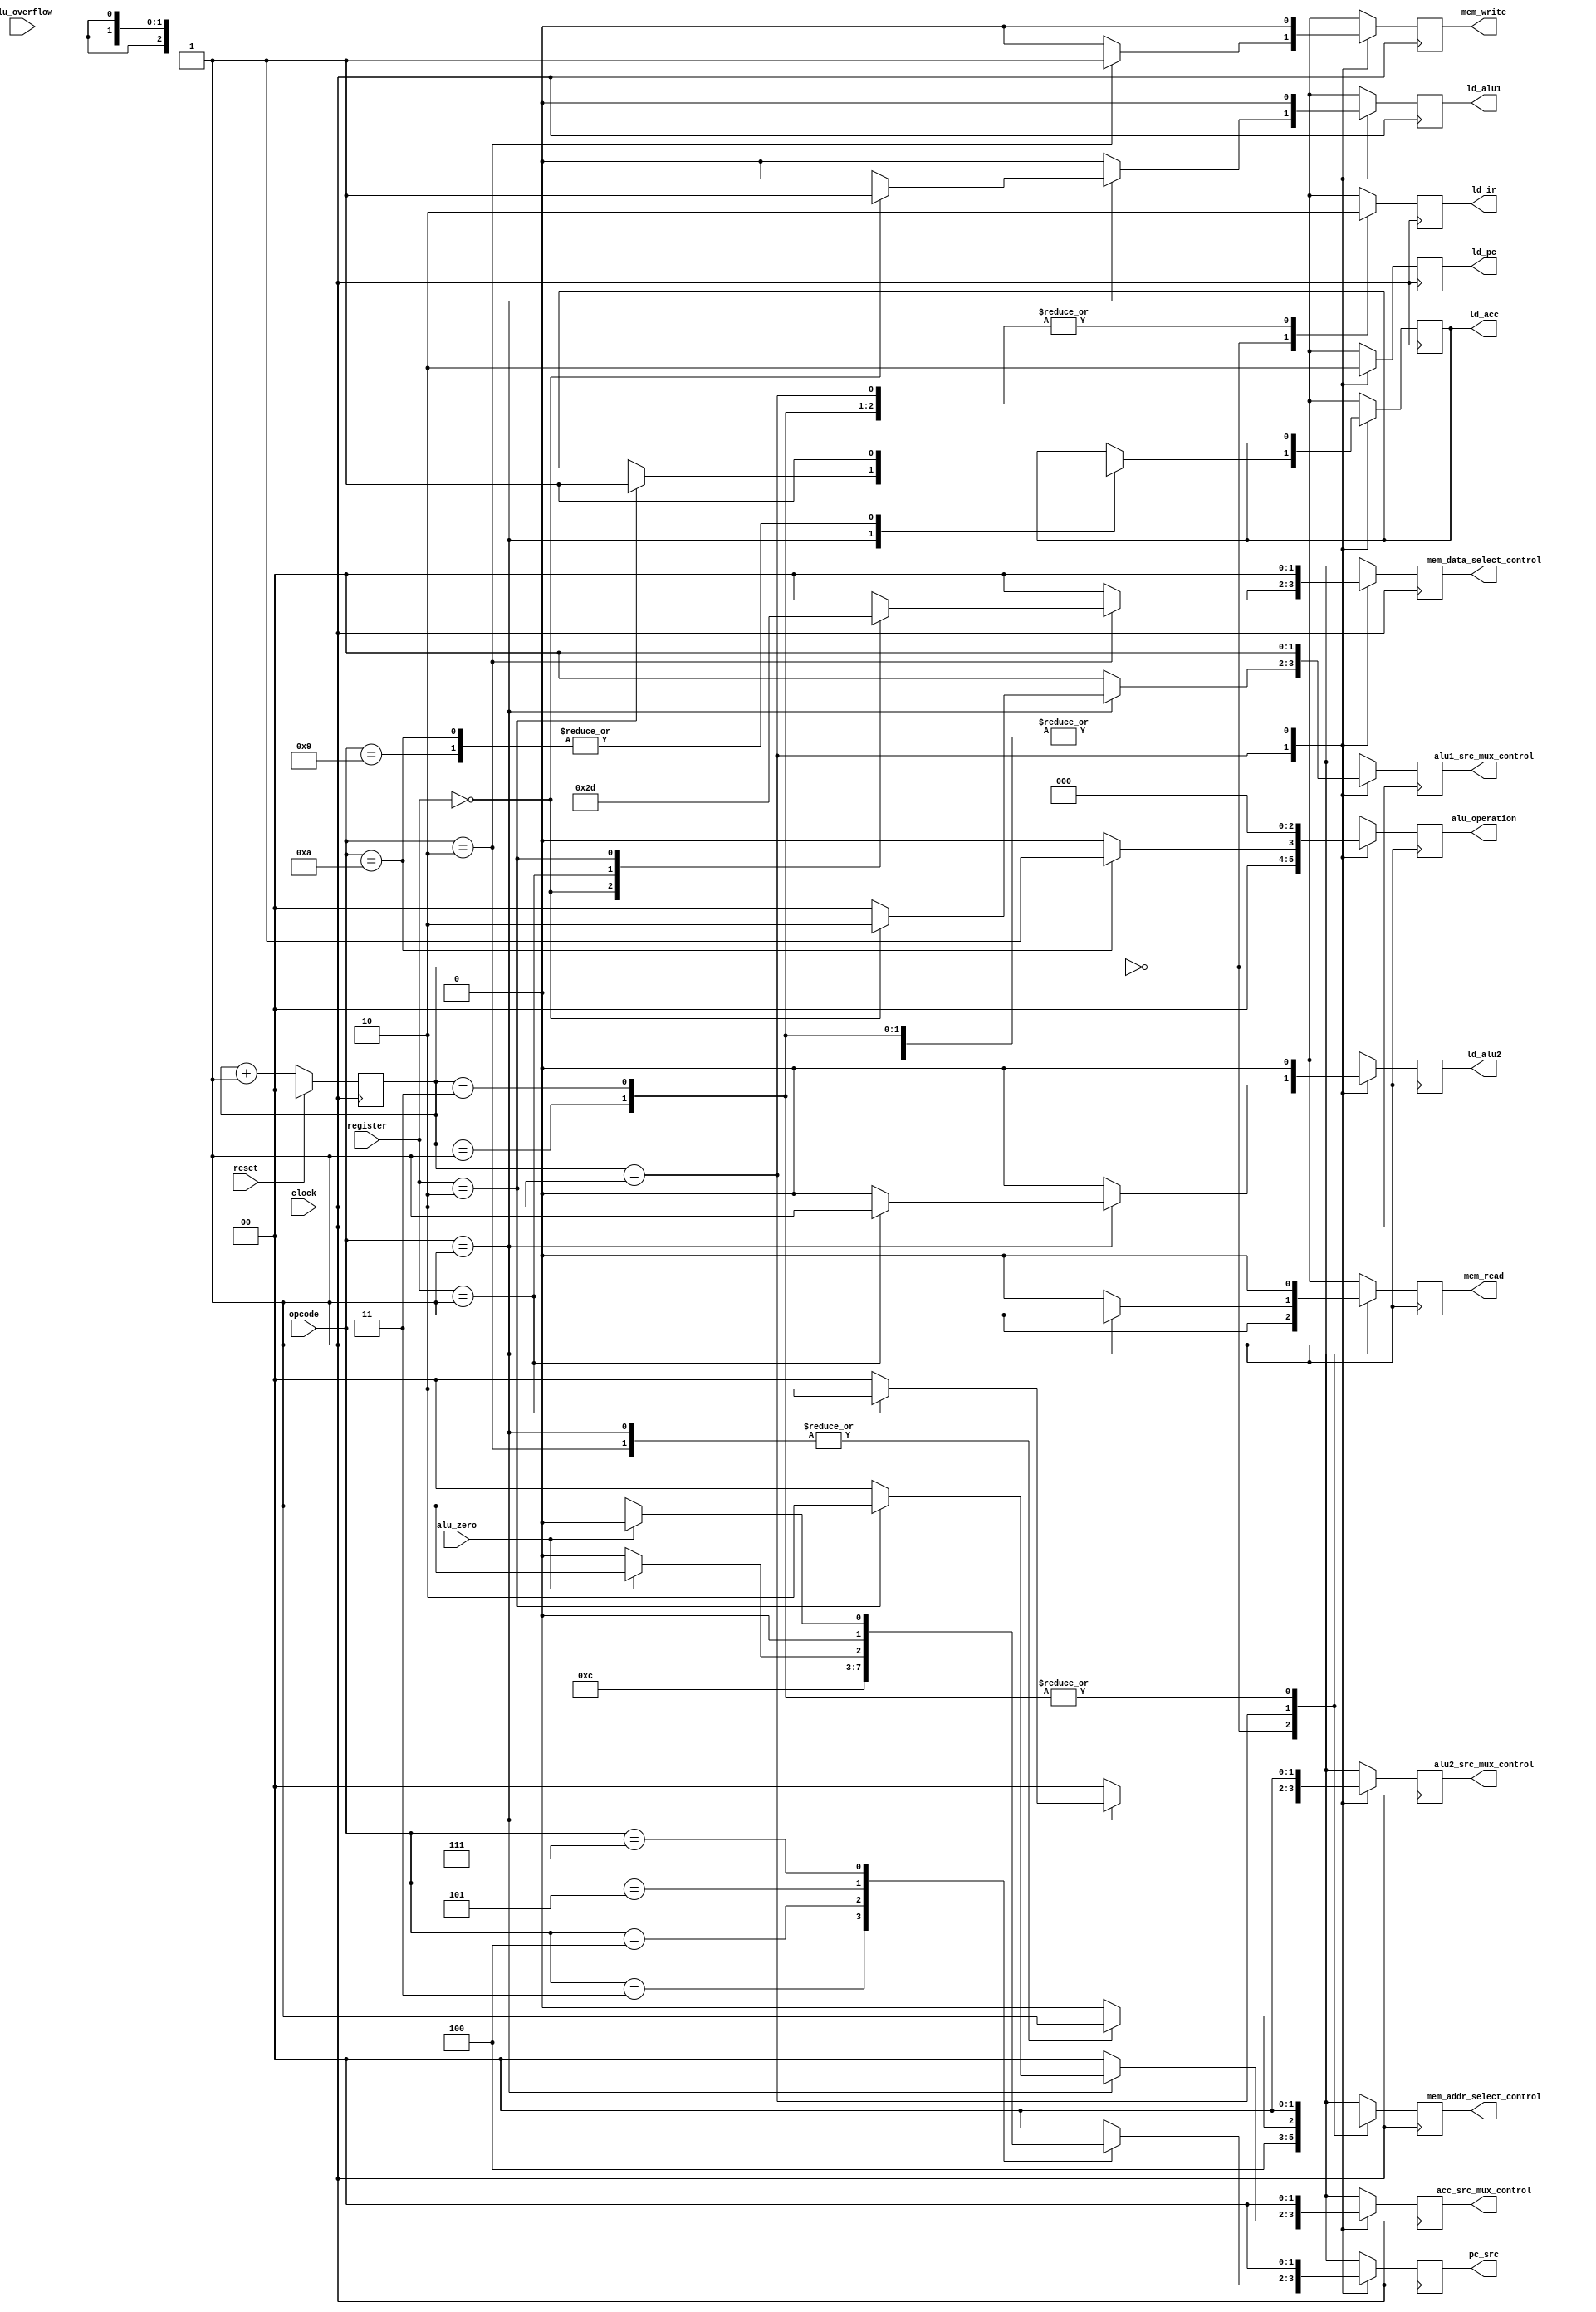
module Controller(
		input clock,
		input reset,
		input [(INST_SIZE-1):0] opcode,
		input [(REG_ADDR_SIZE-1):0] register,
		input alu_zero,
		input alu_overflow,
		output reg ld_alu1,
		output reg ld_alu2,
		output reg ld_acc,
		output reg ld_pc,
		output reg ld_ir,
		output reg [1:0] pc_src,
		output reg mem_read,
		output reg mem_write,
		output reg [2:0] alu_operation,
		output reg [1:0] alu1_src_mux_control,
		output reg [1:0] alu2_src_mux_control,
		output reg [1:0] acc_src_mux_control,
		output reg [1:0] mem_data_select_control,
		output reg [1:0] mem_addr_select_control
	   );

	parameter INST_SIZE = 6;
	parameter REG_ADDR_SIZE = 4;
	parameter MEM_ADDR_SIZE = 6;
	parameter WORD_SIZE  = (INST_SIZE + REG_ADDR_SIZE + MEM_ADDR_SIZE);

`define fetch   2'b00
`define decode  2'b01
`define execute 2'b10
`define reset	 2'b11

`define _reg_alu1 4'b0000
`define _reg_alu2 4'b0001
`define _reg_acc  4'b0010

	wire [1:0] nextState;
	reg [1:0] currentState;
	assign  nextState = currentState +1;
	
	always @(posedge clock) begin
		ld_ir = 1'b0;
		ld_alu1 = 1'b0;
		ld_alu2 = 1'b0;
		ld_pc = 1'b0;
		pc_src = 1'b0;
		mem_read = 1'b0;
		mem_write = 1'b0;
		alu_operation = 3'b0;
		alu1_src_mux_control = 2'b0;
		alu2_src_mux_control = 2'b0;
		acc_src_mux_control = 2'b0;
		mem_data_select_control = 2'b0;
		mem_addr_select_control = 2'b0;
		
		case (currentState)
			`fetch:
				begin
				// Put instruction address from PC on address bus and issue a read into the instruction register
					mem_addr_select_control = 2'b10;
					ld_ir = 1'b1;
					mem_read = 1'b1;
				end
				
			`decode:
				begin
				
				end
				
			`execute:
				begin
					case (opcode)
						6'b000000:
							begin
								//noop
							end
						6'b000001:
							begin
								//load from memory
								// load <memory address> register
								mem_addr_select_control = 2'b01;
								mem_read = 1'b1;
								
								case ( register )
									`_reg_alu1: // alu1
										begin
											ld_alu1 = 1;
											alu1_src_mux_control = 2'b10;
										end
									
									`_reg_alu2:	// alu2
										begin
											ld_alu2 = 1;
											alu2_src_mux_control = 2'b10;
										end
										
									`_reg_acc:	// alu2
										begin
											ld_acc = 1;
											acc_src_mux_control = 2'b10;
										end
								endcase
							end
						6'b000010:
							begin
								// Store to memory
								// sto <memory address> register
								mem_addr_select_control = 2'b01;
								mem_write = 1'b1;
								
								case ( register )
									`_reg_alu1:
										begin
											mem_data_select_control = 2'b10;
										end
										
									`_reg_alu2:
										begin
											mem_data_select_control = 2'b11;
										end
										
									`_reg_acc:
										begin
											mem_data_select_control = 2'b01;
										end
								endcase
							end
						6'b000011:
							// Jump to a specific memory address
							// jmpi <addr>
							begin
								pc_src = 2'b01;
								ld_pc = 1;
							end
						6'b000100:
							// Jump to an address held in the accumulator
							// jmp
							begin
								pc_src = 2'b10;
								ld_pc =1;
							end
						6'b000101:
							// Jump to an address if acc is zero
							// jzi <addr>
							begin
								pc_src = alu_zero ? 2'b01: 2'b00;
								ld_pc = 1;
							end
							
						6'b000110:
							//Jump to an address in a register if acc is zero
							// jz  000000 <register>
							begin
								
							end
							
						6'b000111:
							//Jump to an address if acc is not zero
							// jnzi <addr>
							begin
								pc_src = alu_zero ?  2'b00 : 2'b01;
								ld_pc = 1;
							end
							
						6'b001000:
							//Jump to an address held by a register if acc is not zero
							// jnz 000000 <register>
							begin
							end
							
						6'b001001:
							// Add alu1 and alu2 and store the result in acc
							begin
								alu_operation = 3'b000;
								acc_src_mux_control = 3'b00;
								ld_acc = 1;
							end
							
						6'b001010:
							// Subtract alu2 from alu1 and store the resutl in acc
							begin
								alu_operation = 3'b001;
								acc_src_mux_control = 3'b00;
								ld_acc = 1;
							end
						/*6'b000100:
						6'b000101:
						6'b000110:
						6'b000111:
						6'b001000:
						6'b001001:
						6'b001010:
						6'b001011:
						6'b001100:
						6'b001101:
						6'b001110:
						6'b001111:
						6'b010000:
						6'b010001:
						6'b010010:
						6'b010011:
						6'b010100:
						6'b010101:
						6'b010110:
						6'b010111:
						6'b011000:
						6'b011001:
						6'b011010:
						6'b011011:
						6'b011100:
						6'b011101:
						6'b011110:*/
						default:
							begin
								//noop
							end
					endcase
					
					ld_pc = 1; // increment the program counter (or load it from memory, whatever).
				end
				
			`reset:
				begin
				
				end
				
		endcase
		
		currentState = reset? `fetch : nextState;
	end
		
endmodule